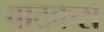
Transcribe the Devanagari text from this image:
वाटकरा